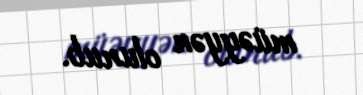
müəyyən olunub.